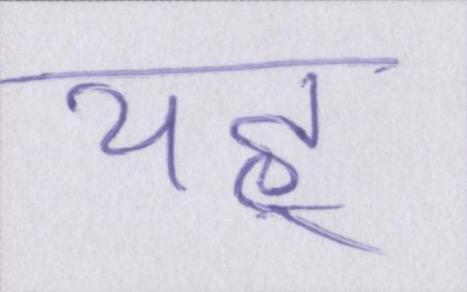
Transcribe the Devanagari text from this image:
यह्